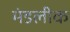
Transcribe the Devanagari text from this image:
मंडलीक